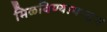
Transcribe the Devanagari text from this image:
मिळविण्यापासून